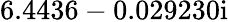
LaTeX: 6.4436-0.029230\mathrm{i}